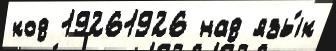
код 19261926 над язы́к